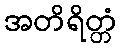
အတိရိတ္တံ